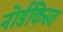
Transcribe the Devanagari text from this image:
नोर्डकिस्त